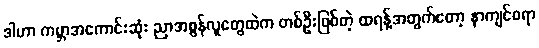
ဒါဟာ ကမ္ဘာအကောင်းဆုံး ညာအစွန်လူတွေထဲက တစ်ဦးဖြစ်တဲ့ ထရန့်အတွက်တော့ နာကျင်စရာ